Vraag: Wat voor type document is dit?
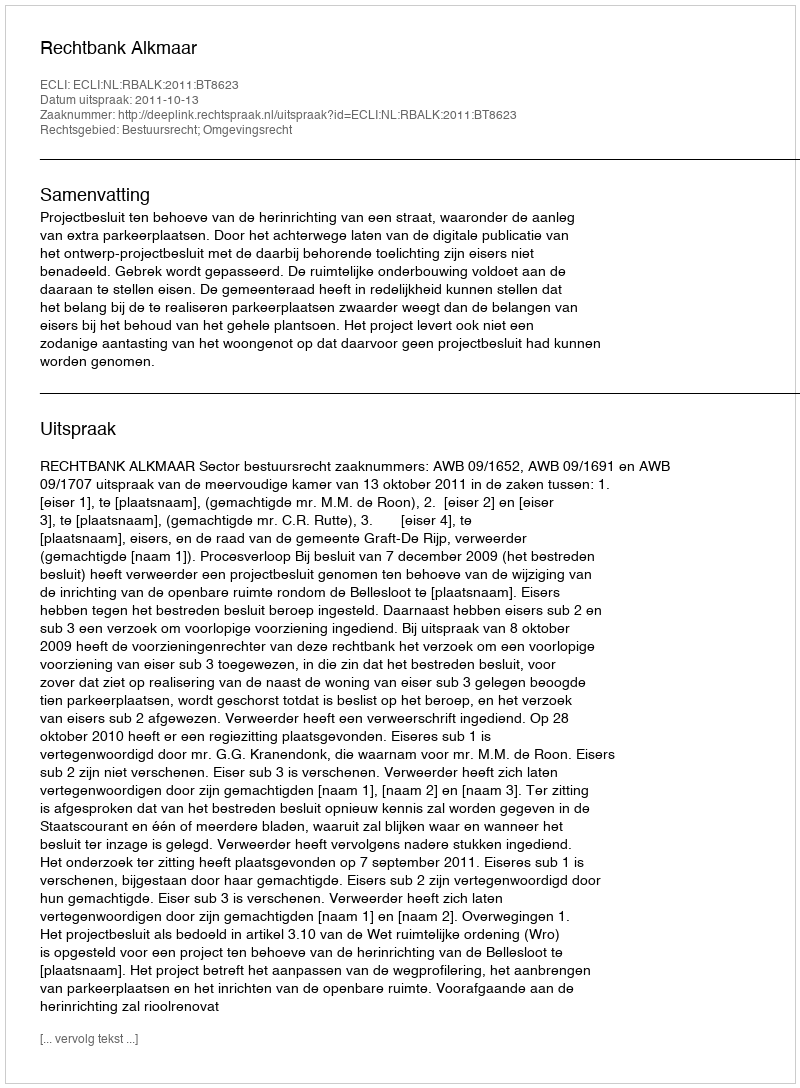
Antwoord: Uitspraak